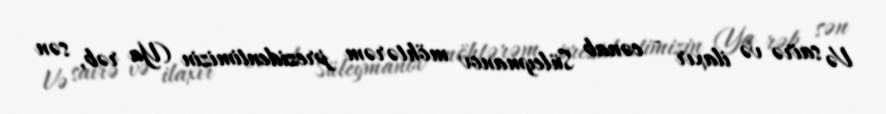
Və sairə və ilaxır - cənab Süleymanov möhtərəm prezidentimizin (Ya rəb, sən